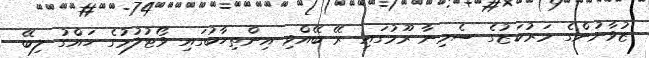
ޒުވާނުންގެ މަރުކަޒުގެ ސެމިނާ ރޫމުގައި ރޭ ބޭއްވި އިންތިހާބުގައި ވޯޓުލުމުގެ ހައްގު ލިބޭ